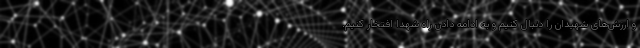
و ارزش‌های شهیدان را دنبال کنیم و به ادامه دادن راه شهدا افتخار کنیم.